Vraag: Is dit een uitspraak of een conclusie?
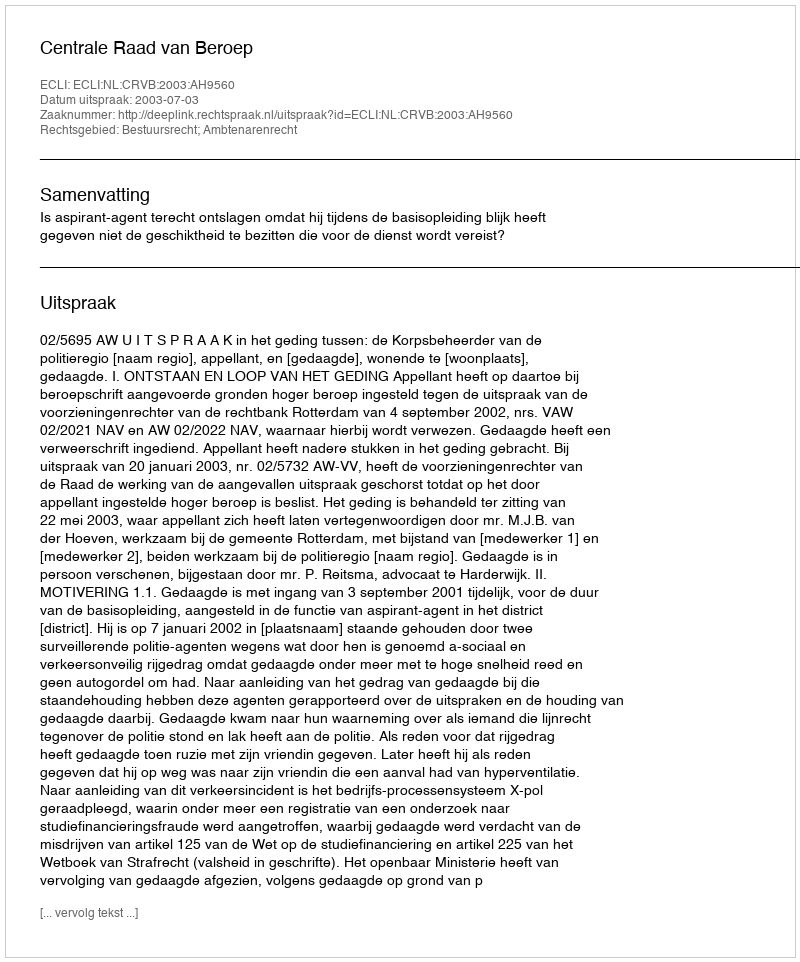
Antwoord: Uitspraak